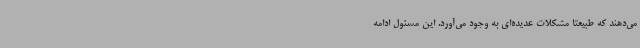
می‌دهند که طبیعتا مشکلات عدیده‌ای به وجود می‌آورد. این مسئول ادامه